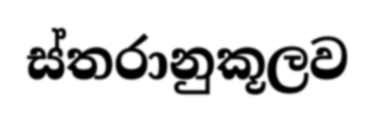
ස්තරානුකූලව